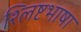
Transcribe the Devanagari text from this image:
श्लिष्टभाषा